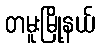
တမူးမြို့နယ်